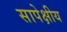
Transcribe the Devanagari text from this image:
सापेक्षीय